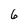
Character: 6